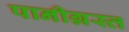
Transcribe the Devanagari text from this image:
पानीग्रस्त